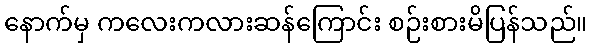
နောက်မှ ကလေးကလားဆန်ကြောင်း စဉ်းစားမိပြန်သည်။